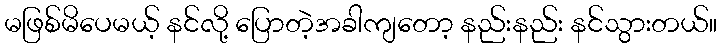
မဖြစ်မိပေမယ့် နင်လို့ ပြောတဲ့အခါကျတော့ နည်းနည်း နင်သွားတယ်။